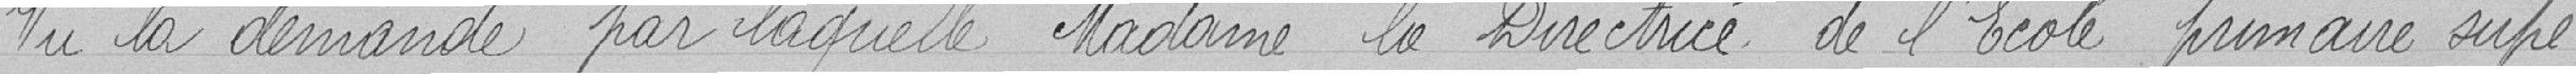
Vu la demande par laquelle Madame la Directrice de l'école primaire supé-